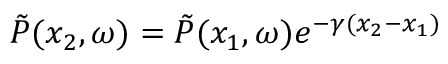
\Tilde { P } ( x _ { 2 } , \omega ) = \Tilde { P } ( x _ { 1 } , \omega ) e ^ { - \gamma ( x _ { 2 } - x _ { 1 } ) }